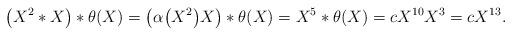
LaTeX: \begin{gather*}\big( X^{2}\ast X\big) \ast \theta (X) =\big( \alpha \big(X^{2}\big) X\big) \ast \theta (X) =X^{5}\ast \theta (X ) =cX^{10}X^{3}=cX^{13}.\end{gather*}